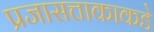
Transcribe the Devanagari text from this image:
प्रजासत्ताकाकडे